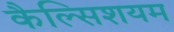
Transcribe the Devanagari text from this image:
कैल्सिशयम